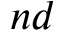
n d